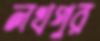
লখপুর